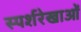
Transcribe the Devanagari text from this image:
स्पर्शरेखाओं